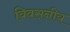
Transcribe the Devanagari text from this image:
विवसनीय